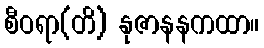
စီဝရာ(တိ) နုဇာနနကထာ။